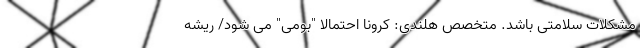
مشکلات سلامتی باشد. متخصص هلندی: کرونا احتمالا "بومی" می شود/ ریشه